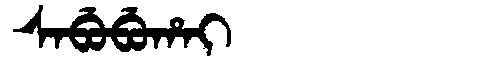
Manchu: ᠰᠠᠪᡠᠪᡠᡥᠠᡳ
Romanization: SABUBUHAI